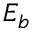
E _ { b }